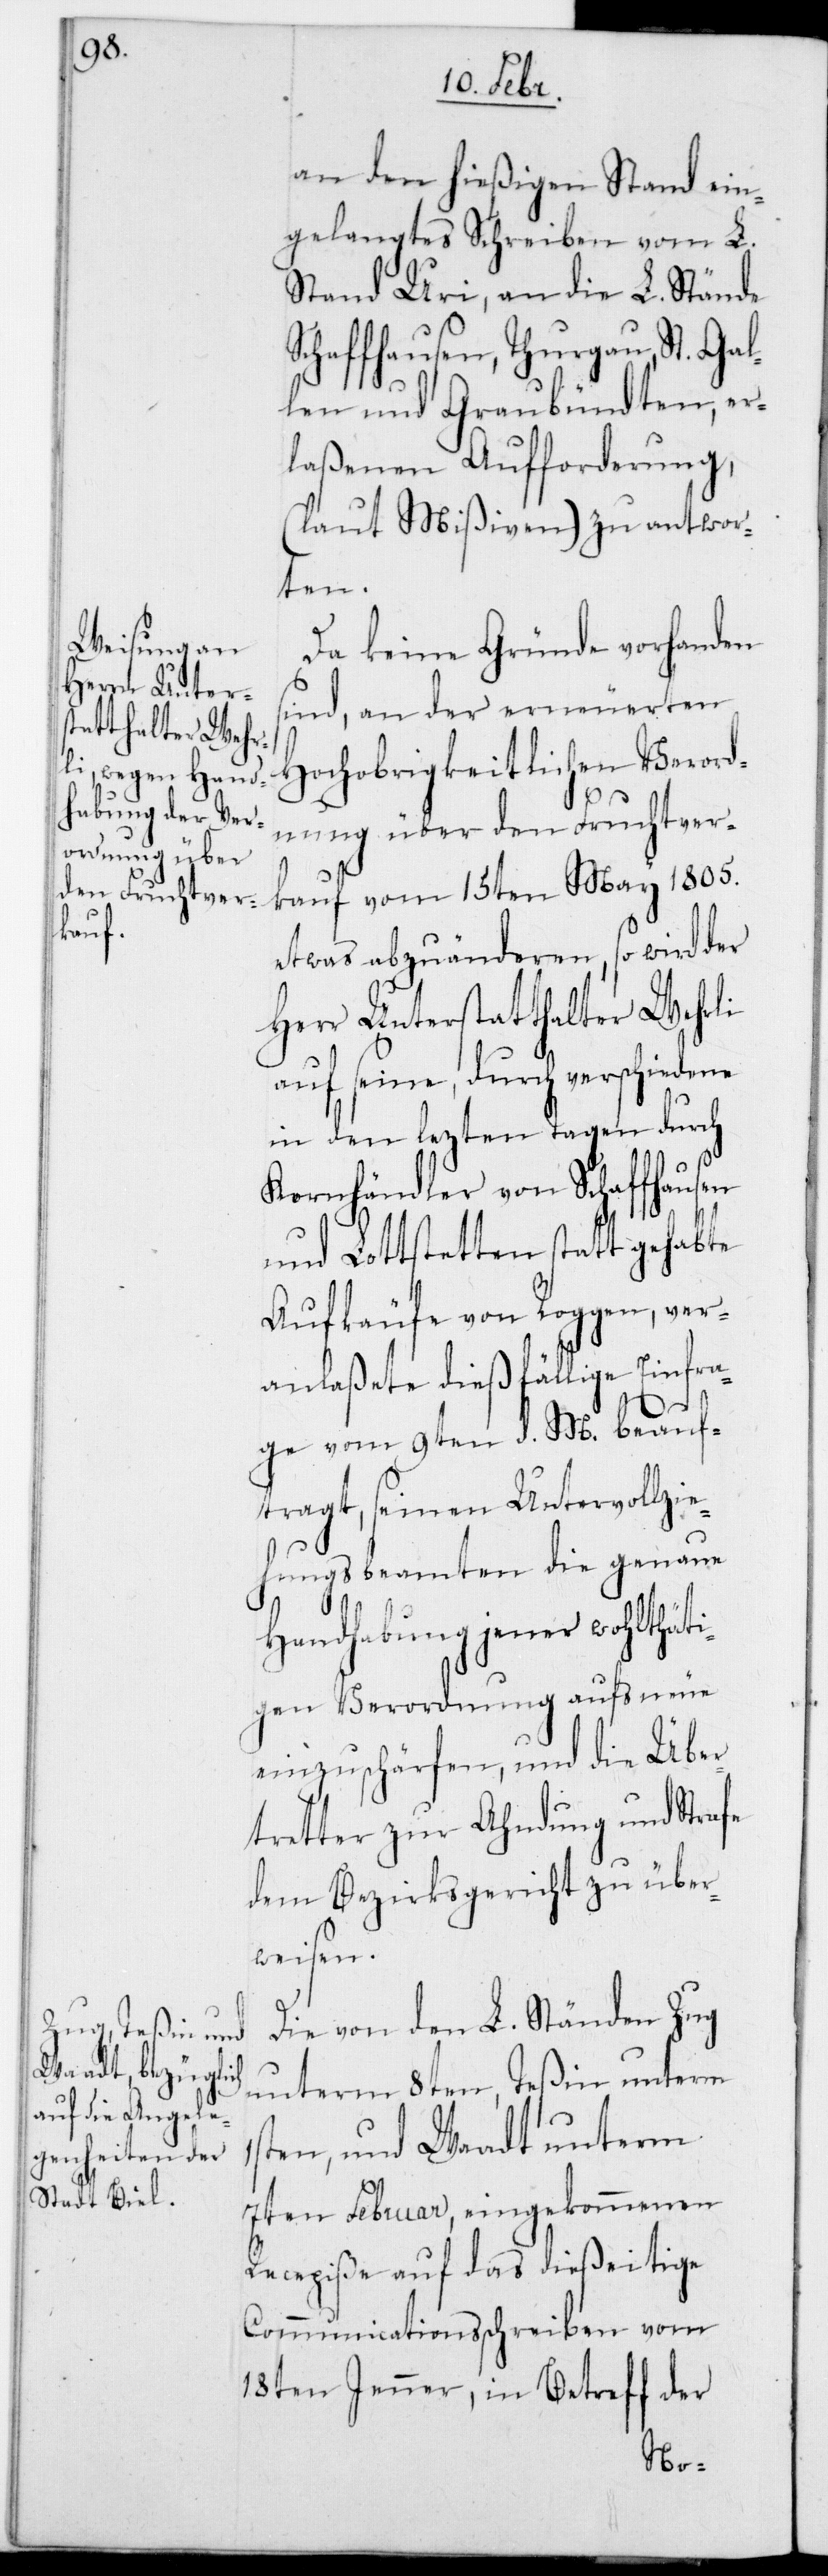
an den hießigen Stand ein¬
gelangtes Schreiben vom L.
Stand Uri, an die L. Stände
Schaffhausen, Thurgau, St. Gal¬
len und Graubündten, er¬
laßenen Aufforderung,
(laut Mißiven) zu antwor¬
ten.
Da keine Gründe vorhanden
sind, an der erneuereten
Hochobrigkeitlichen Verord¬
nung über den Fruchtver¬
kauf vom 15ten May 1805.
etwas abzuänderen, so wird der
Herr Unterstatthalter Wehrli
auf seine, durch verschiedene
in den lezten Tagen durch
Kornhändler von Schaffhausen
und Lottstetten stattgehabte
Aufkäufe von Roggen, ver¬
anlaßete dießfällige Einfra¬
ge vom 9ten d. M. beauf¬
tragt, seinen Untervollzie¬
hungsbeamten die genaue
Handhabung jener wohlthäti¬
gen Verordnung aufs Neue
einzuschärfen, und die Über¬
treter zur Ahndung und Strafe
dem Bezirksgericht zu über¬
weisen.
Die von den L. Ständen Zug
unterm 8ten, Teßin unterm
1sten, und Waadt unterm
7ten Februar, eingekommenen
Recepiße auf das dießeitige
Communicationsschreiben vom
18ten Jenner, in Betreff der